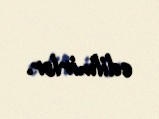
edilmirlər.